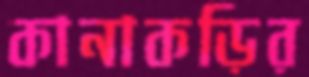
কানাকড়ির